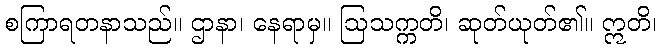
စကြာရတနာသည်။ ဌာနာ၊ နေရာမှ။ ဩသက္ကတိ၊ ဆုတ်ယုတ်၏။ ဣတိ၊